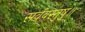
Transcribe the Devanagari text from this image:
सर्ववस्तुषु॥